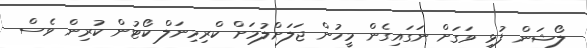
ލޯޝަން ފުޅި ވަގަށް ނަގައިގެން މީހުން ޖަލަށްލުމަށް ކްރިމިނަލް ކޯޓުން ކުރިން ވެސް